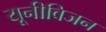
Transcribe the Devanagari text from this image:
यूनीविजन